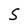
Character: S